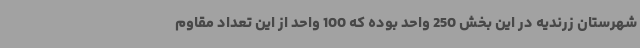
شهرستان زرندیه در این بخش 250 واحد بوده که 100 واحد از این تعداد مقاوم